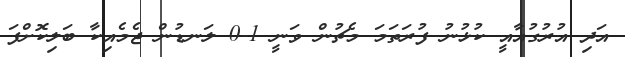
އަދި އުރުގުއާއީ ކުޅުނު ފުރަތަމަ މެޗުން ވަނީ 1-0 ލަނޑުން ޖެމެއިކާ ބަލިކޮށްފަ